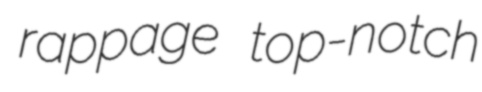
rappage top-notch